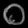
Digit: ၀